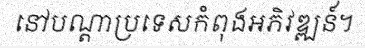
នៅបណ្តាប្រទេសកំពុងអភិវឌ្ឍន៍។